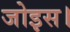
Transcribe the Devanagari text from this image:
जोइस।